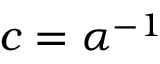
c = \alpha ^ { - 1 }